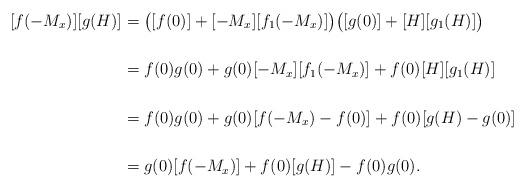
LaTeX: \begin{align*}[f(-M_x)][g(H)]&=\big([f(0)]+[-M_x][f_1(-M_x)]\big)\big([g(0)]+[H][g_1(H)]\big)\\ \\&=f(0)g(0)+g(0)[-M_x][f_1(-M_x)]+f(0)[H][g_1(H)]\\ \\&=f(0)g(0)+g(0)[f(-M_x)-f(0)]+f(0)[g(H)-g(0)]\\ \\&=g(0)[f(-M_x)]+f(0)[g(H)]-f(0)g(0).\end{align*}